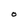
Character: O